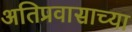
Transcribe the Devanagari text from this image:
अतिप्रवासाच्या